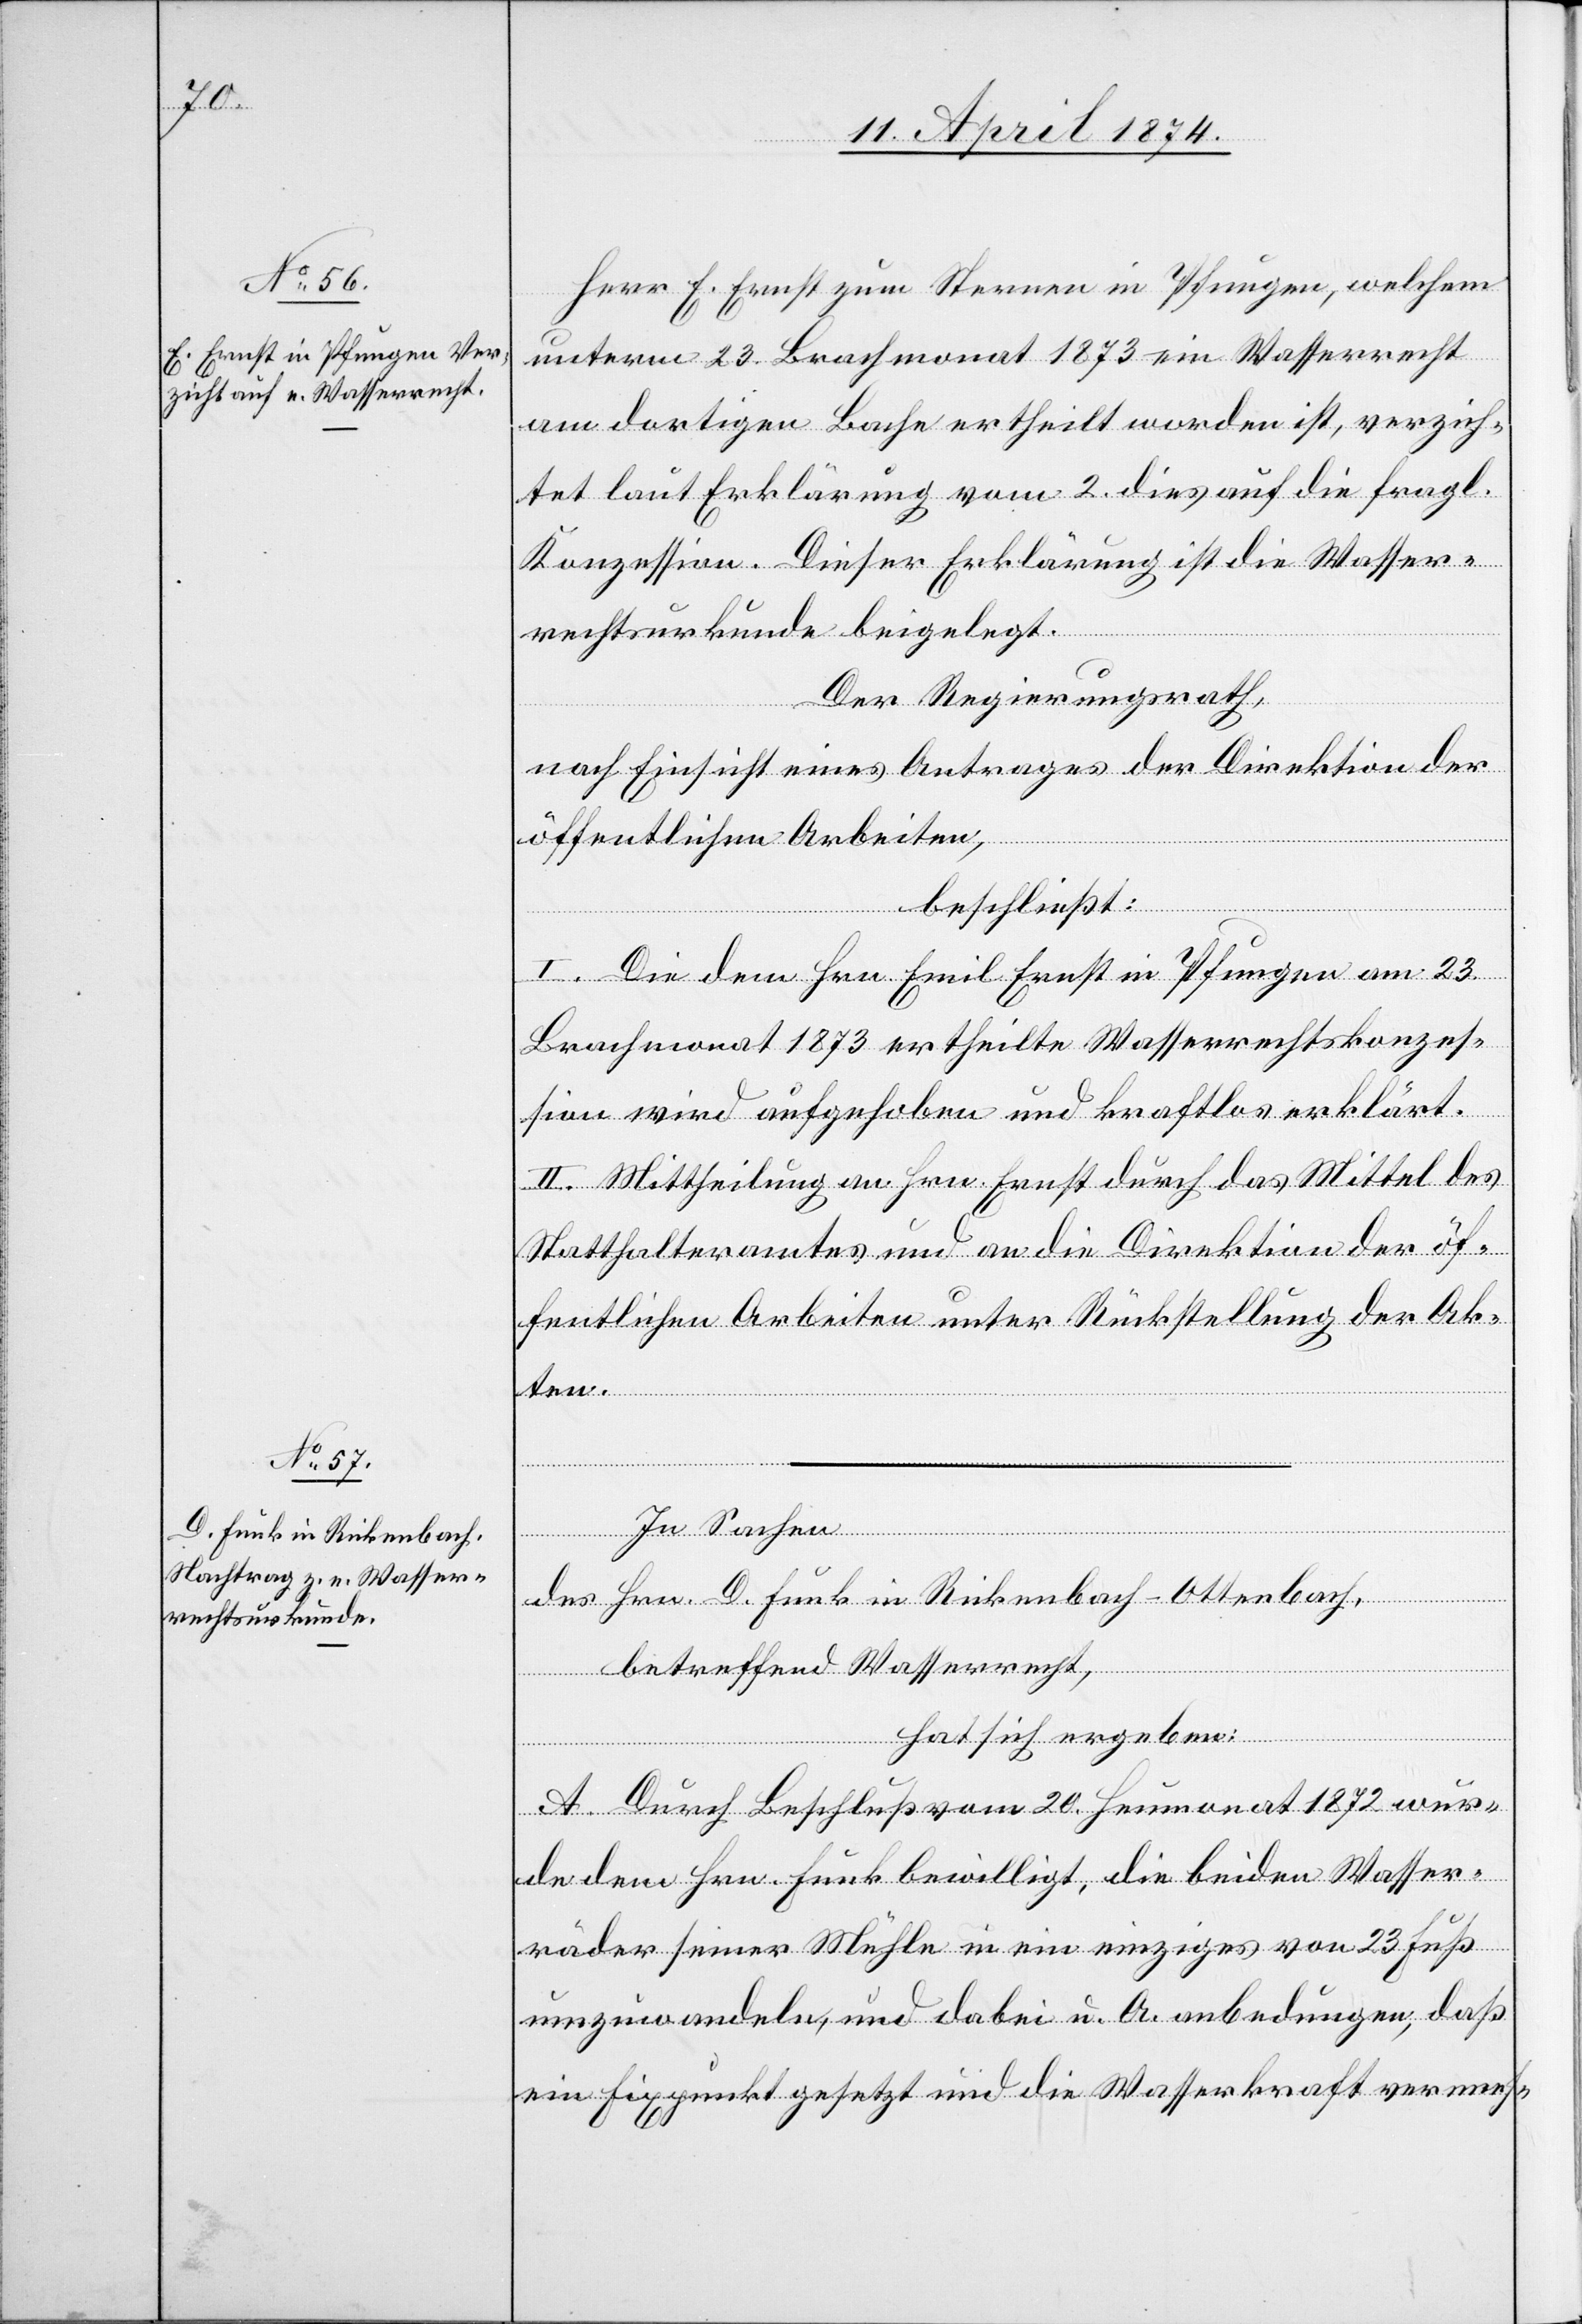
Herr E. Ernst zum Sternen in Pfungen, welchem
unterm 23. Brachmonat 1873 ein Wasserrecht
am dortigen Bache ertheilt worden ist, verzich¬
tet laut Erklärung vom 2. dies auf die fragl.
Konzession. Dieser Erklärung ist die Wasser¬
rechtsurkunde beigelegt.
Der Regierungsrath,
nach Einsicht eines Antrages der Direktion der
öffentlichen Arbeiten,
beschließt:
I. Die dem Hrn. Emil Ernst in Pfungen am 23.
Brachmonat 1873 ertheilte Wasserrechtskonzes¬
sion wird aufgehoben und kraftlos erklärt.
II. Mittheilung an Hrn. Ernst durch das Mittel des
Statthalteramtes und an die Direktion der öf¬
fentlichen Arbeiten unter Rückstellung der Ak¬
ten.
In Sachen
des Hrn. D. Funk in Rickenbach-Ottenbach,
betreffend Wasserrecht,
hat sich ergeben:
A. Durch Beschluß vom 20. Heumonat 1872 wur¬
de dem Hrn. Funk bewilligt, die beiden Wasser¬
räder seiner Mühle in ein einziges von 23 Fuß
umzuwandeln, und dabei u. A. anbedungen, daß
ein Fixpunkt gesetzt und die Wasserkraft vermes-